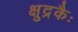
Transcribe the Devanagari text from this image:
क्षुद्रकैः